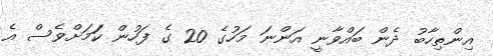
އިންތިހާބު ދެން ބައްވާނީ އަންނަ މަހުގެ 20 ގެ ފަހުން ކަަމަށްވެސް އެ